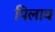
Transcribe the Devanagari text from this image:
पिलाव